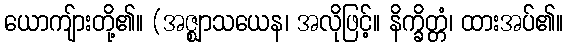
ယောကျ်ားတို့၏။ (အဇ္ဈာသယေန၊ အလိုဖြင့်။ နိက္ခိတ္တံ၊ ထားအပ်၏။